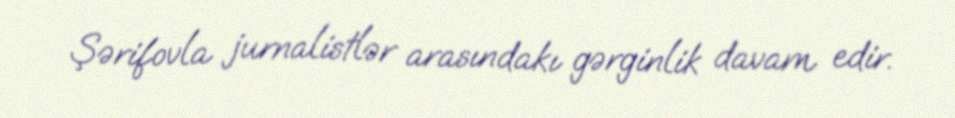
Şərifovla jurnalistlər arasındakı gərginlik davam edir.